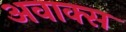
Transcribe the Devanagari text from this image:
अवाक्स